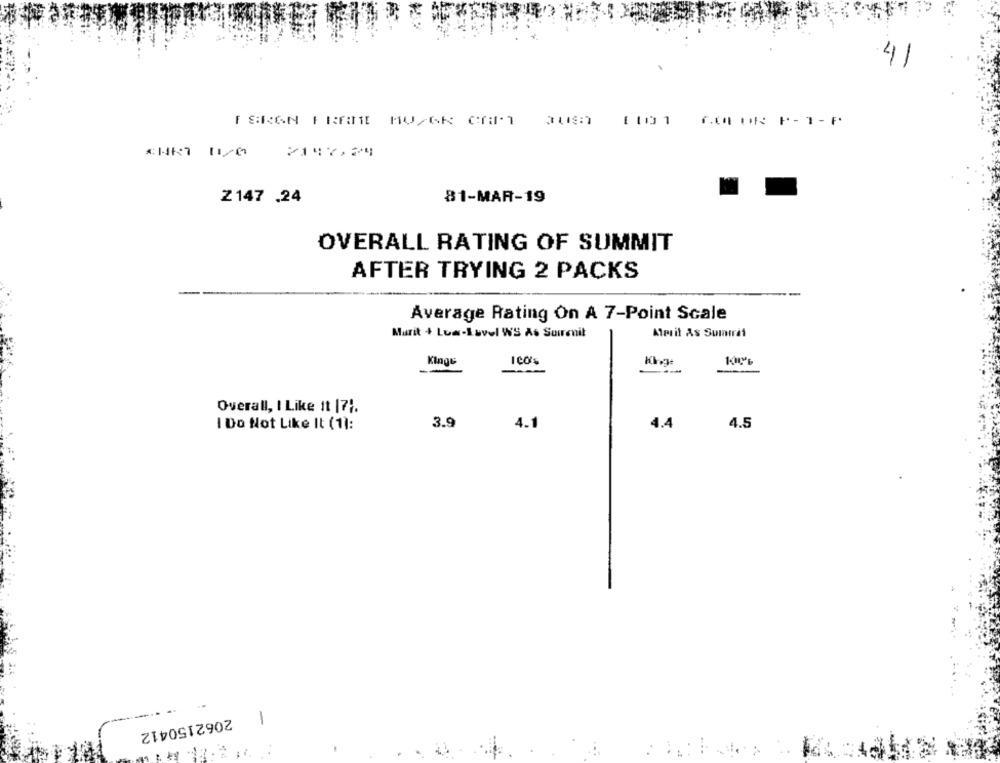
41
TSKEN FEMME MU/6K OHM QUE0 1001 GOLDR P- 1-F
2147,24
81-MAR-19
Z147 .24
OVERALL RATING OF SUMMIT
AFTER TRYING 2 PACKS
Average Rating On A 7-Point Scale
Marit + Lua-Level WS As Sumrenit
Merit As Sumirit
King&
ICO'S
Kirege
--
--
Overall, I Like It |71.
I Do Not Like It (1):
3.9
4.1
4.4
4.5
2062150412
1
..